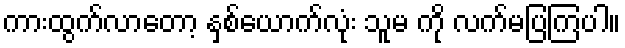
ကားထွက်လာတော့ နှစ်ယောက်လုံး သူမ ကို လက်မပြကြပါ။